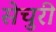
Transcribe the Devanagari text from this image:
सेचुरी